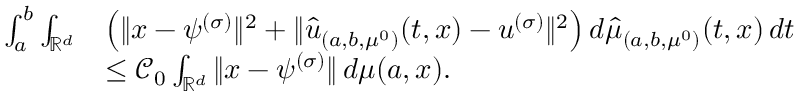
\begin{array} { r l } { \int _ { a } ^ { b } \int _ { \mathbb { R } ^ { d } } } & { \left( \| x - \psi ^ { ( \sigma ) } \| ^ { 2 } + \| \hat { u } _ { ( a , b , \mu ^ { 0 } ) } ( t , x ) - u ^ { ( \sigma ) } \| ^ { 2 } \right) d \hat { \mu } _ { ( a , b , \mu ^ { 0 } ) } ( t , x ) \, d t } \\ & { \leq { \mathcal C _ { 0 } } \int _ { \mathbb { R } ^ { d } } \| x - \psi ^ { ( \sigma ) } \| \, d \mu ( a , x ) . } \end{array}